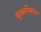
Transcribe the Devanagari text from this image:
मुस्लीमांना